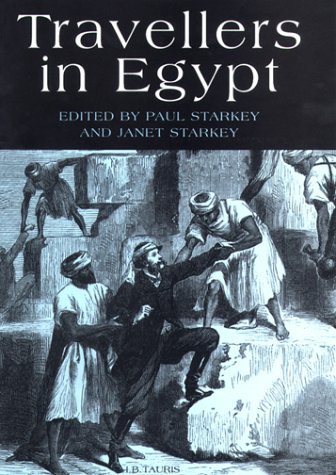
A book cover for Travellers in Egypt; Travel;